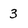
Character: 3